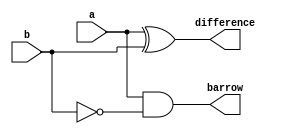
`timescale 1ns / 1ps
//////////////////////////////////////////////////////////////////////////////////
// Company: 
// Engineer: 
// 
// Design Name: 
// Module Name:    Half_Subtractor 
// Project Name: 
// Target Devices: 
// Tool versions: 
// Description: 
//
// Dependencies: 
//
// Revision: 
// Revision 0.01 - File Created
// Additional Comments: 
//
//////////////////////////////////////////////////////////////////////////////////
module Half_Subtractor(a,b,difference,barrow);
input a,b;
output reg difference,barrow;
always@(a,b)
begin
	difference<=a^b;
	barrow<=a&(~b);
end
endmodule